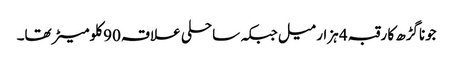
جوناگڑھ کا رقبہ 4 ہزار میل جبکہ ساحلی علاقہ 90 کلومیٹر تھا۔